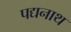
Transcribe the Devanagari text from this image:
पद्यनाथ